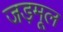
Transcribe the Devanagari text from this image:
जड़मूल